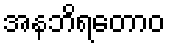
အနဘိရတောဝ